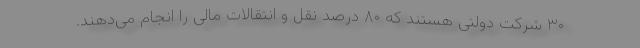
۳۰ شرکت دولتی هستند که ۸۰ درصد نقل و انتقالات مالی را انجام می‌دهند.